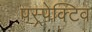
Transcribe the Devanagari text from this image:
पस्र्पेक्टिव